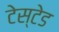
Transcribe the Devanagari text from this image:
टेस्टेड